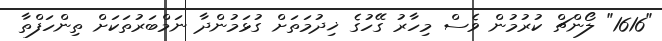
"1616" ލޯންޗް ކުރުމުން ވެސް މިހާރު ގޭހުގެ ޚިދުމަތަށް ގުޅަމުންދާ ނަމްބަރުތަކަށް ތިންހަފްތާ